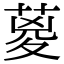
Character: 葼